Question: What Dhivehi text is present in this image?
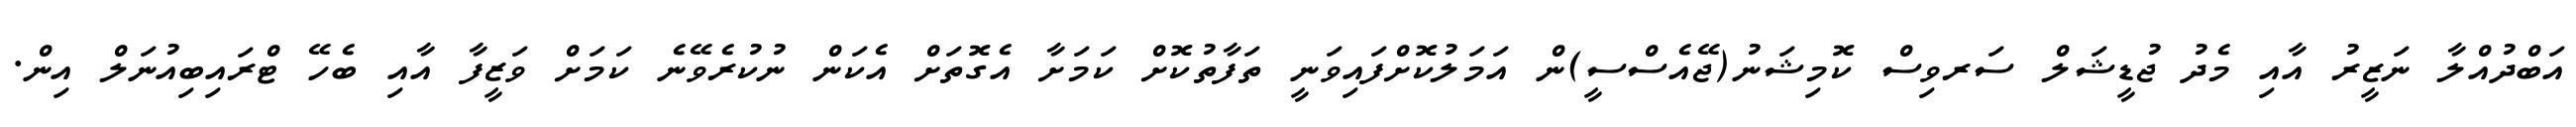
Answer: އަބްދުއްލާ ނަޒީރު އާއި މެދު ޖުޑީޝަލް ސަރވިސް ކޮމިޝަނު(ޖޭއެސްސީ)ން އަމަލުކޮށްފައިވަނީ ތަފާތުކޮށް ކަމަށާ އެގޮތަށް އެކަން ނުކުރެވޭނެ ކަމަށް ވަޒީފާ އާއި ބެހޭ ޓްރައިބިއުނަލް އިން.